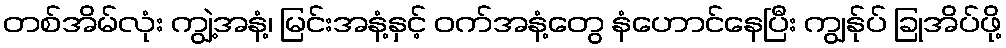
တစ်အိမ်လုံး ကျွဲ့အနံ့၊ မြင်းအနံ့နှင့် ဝက်အနံ့တွေ နံဟောင်နေပြီး ကျွန်ုပ် ခြုအိပ်ဖို့